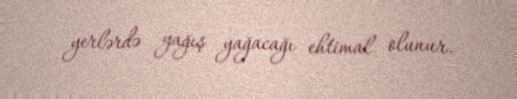
yerlərdə yağış yağacağı ehtimal olunur.